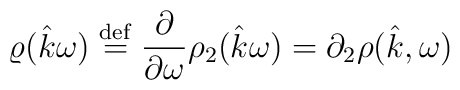
\varrho(\hat{k}\omega)\stackrel{\mathrm{def}}{=}\frac{\partial}{\partial\omega}\rho_2(\hat{k}\omega)=\partial_2\rho(\hat{k },\omega)